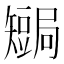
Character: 𥐏